Indian journal of veterinary science and animal husbandry - Volume 12,
Year: 1942
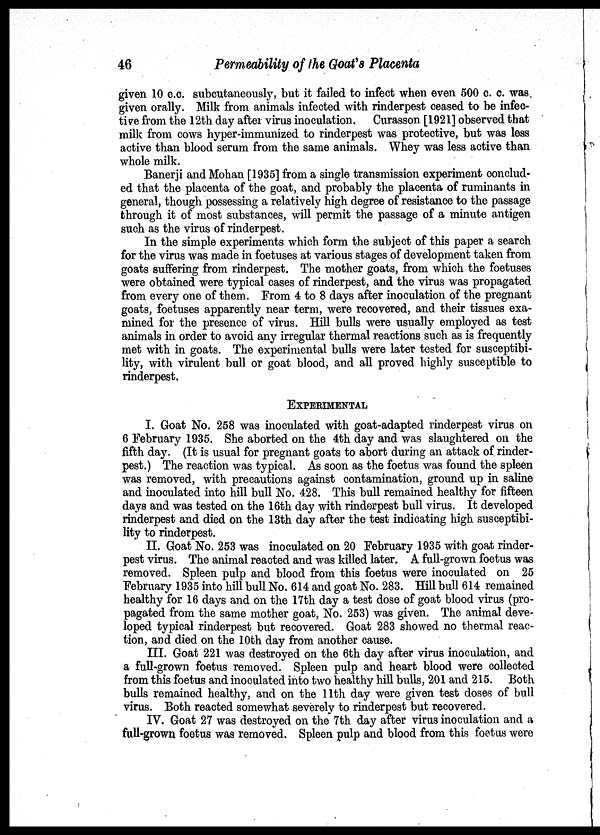
46
Permeability of the Goat's Placenta
given 10 c.c. subcutaneously, but it failed to infect when even 500 c. c. was
given orally. Milk from animals infected with rinderpest ceased to be infec-
tive from the 12th day after virus inoculation. Curasson [1921] observed that
milk from cows hyper-immunized to rinderpest was protective, but was less
active than blood serum from the same animals. Whey was less active than
whole milk.
Banerji and Mohan [1935] from a single transmission experiment conclud-
ed that the placenta of the goat, and probably the placenta of ruminants in
general, though possessing a relatively high degree of resistance to the passage
through it of most substances, will permit the passage of a minute antigen
such as the virus of rinderpest.
In the simple experiments which form the subject of this paper a search
for the virus was made in foetuses at various stages of development taken from
goats suffering from rinderpest. The mother goats, from which the foetuses
were obtained were typical cases of rinderpest, and the virus was propagated
from every one of them. From 4 to 8 days after inoculation of the pregnant
goats, foetuses apparently near term, were recovered, and their tissues exa-
mined for the presence of virus. Hill bulls were usually employed as test
animals in order to avoid any irregular thermal reactions such as is frequently
met with in goats. The experimental bulls were later tested for susceptibi-
lity, with virulent bull or goat blood, and all proved highly susceptible to
rinderpest.
EXPERIMENTAL
I. Goat No. 258 was inoculated with goat-adapted rinderpest virus on
6 February 1935. She aborted on the 4th day and was slaughtered on the
fifth day. (It is usual for pregnant goats to abort during an attack of rinder-
pest.) The reaction was typical. As soon as the foetus was found the spleen
was removed, with precautions against contamination, ground up in saline
and inoculated into hill bull No. 428. This bull remained healthy for fifteen
days and was tested on the 16th day with rinderpest bull virus. It developed
rinderpest and died on the 13th day after the test indicating high susceptibi-
lity to rinderpest.
II. Goat No. 253 was inoculated on 20 February 1935 with goat rinder-
pest virus. The animal reacted and was killed later. A full-grown foetus was
removed. Spleen pulp and blood from this foetus were inoculated on 25
February 1935 into hill bull No. 614 and goat No. 283. Hill bull 614 remained
healthy for 16 days and on the 17th day a test dose of goat blood virus (pro-
pagated from the same mother goat, No. 253) was given. The animal deve-
loped typical rinderpest but recovered. Goat 283 showed no thermal reac-
tion, and died on the 10th day from another cause.
III. Goat 221 was destroyed on the 6th day after virus inoculation, and
a full-grown foetus removed. Spleen pulp and heart blood were collected
from this foetus and inoculated into two healthy hill bulls, 201 and 215. Both
bulls remained healthy, and on the 11th day were given test doses of bull
virus. Both reacted somewhat severely to rinderpest but recovered.
IV. Goat 27 was destroyed on the 7th day after virus inoculation and a
full-grown foetus was removed. Spleen pulp and blood from this foetus were